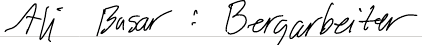
Ali Basar : Bergarbeiter